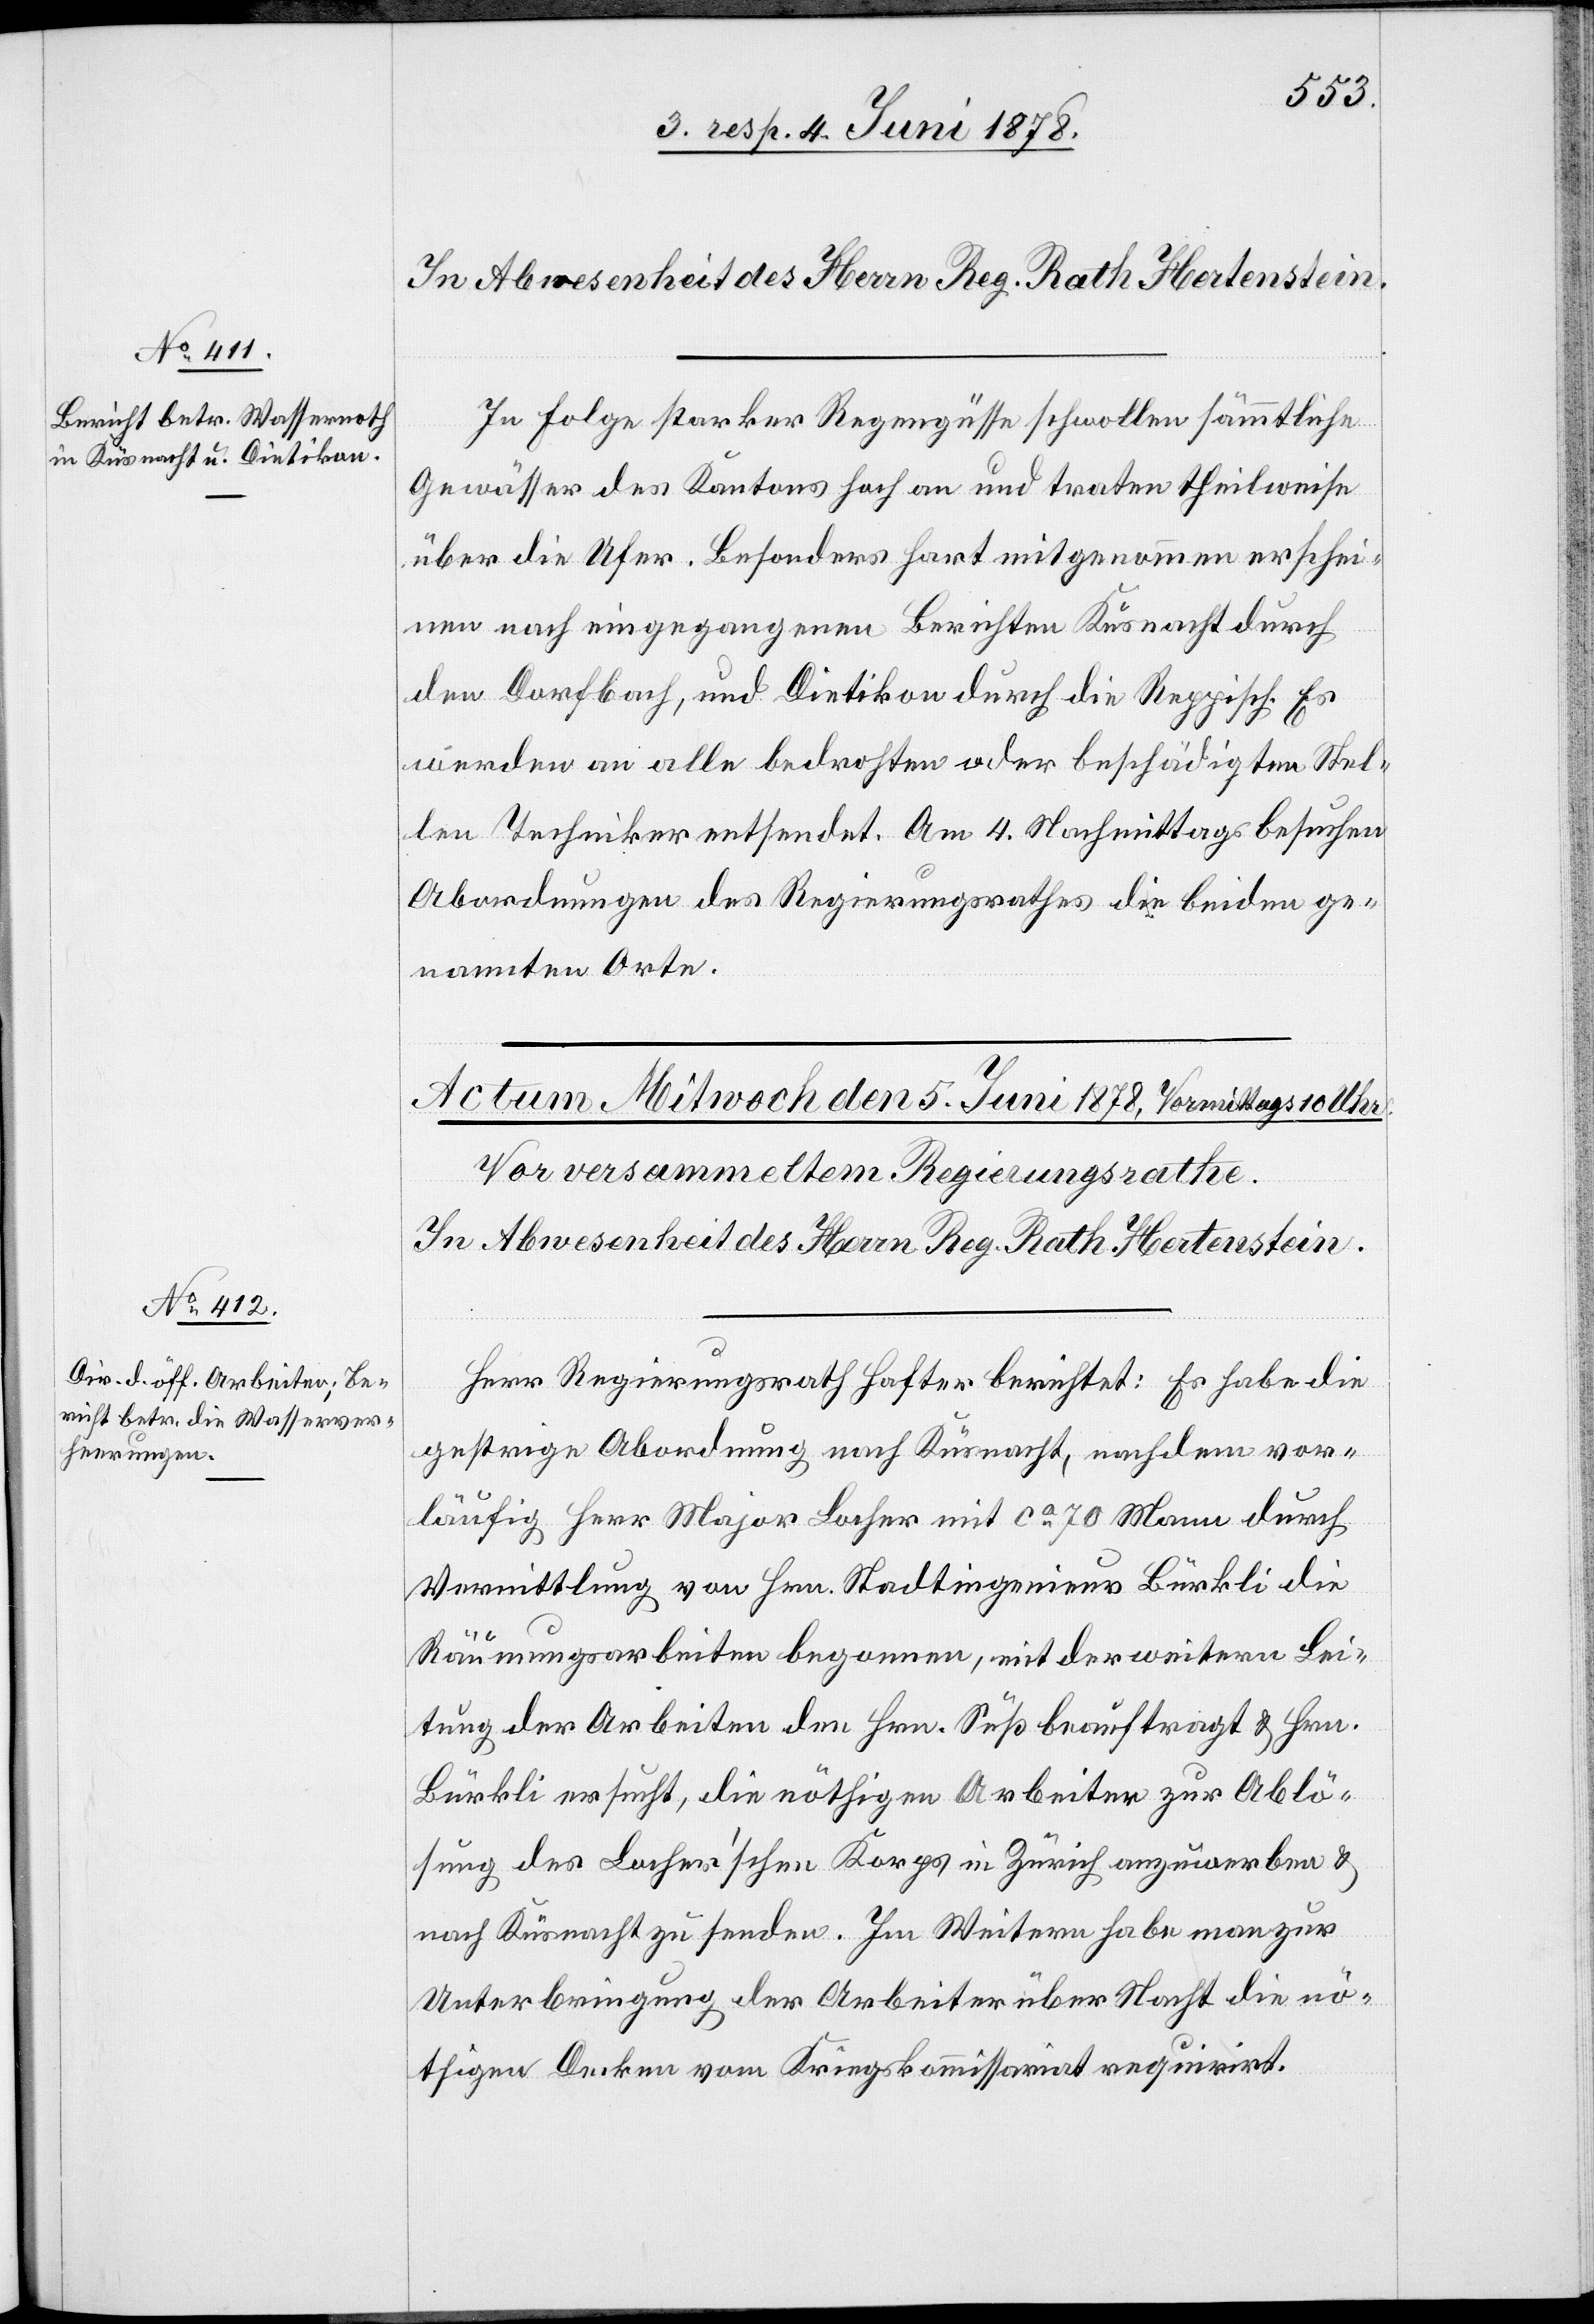
In Folge starker Regengüsse schwollen sämmtliche
Gewässer des Kantons hoch an und traten theilweise
über die Ufer. Besonders hart mitgenommen erschei¬
nen nach eingegangenem Berichte Küsnacht durch
den Dorfbach, und Dietikon durch die Reppisch. Es
werden an alle bedrohten oder beschädigten Stel¬
len Techniker entsendet. Am 4. Nachmittags besuchen
Abordnungen des Regierungsrathes die beiden ge¬
nannten Orte.
Herr Regierungsrath Hafter berichtet: Es habe die
gestrige Abordnung nach Küsnacht, nachdem vor¬
läufig Herr Major Locher mit ca 70 Mann durch
Vermittlung von Hrn. Stadtingenieur Bürkli die
Räumungsarbeiten begonnen, mit der weitern Leis¬
tung der Arbeiten den Hrn. Süß beauftragt & Hrn.
Bürkli ersucht, die nöthigen Arbeiter zur Ablö¬
sung des Locher’schen Korps in Zürich anzuwerben &
nach Küsnacht zu senden. Im Weitern habe man zur
Unterbringung der Arbeiter über Nacht die nö¬
thigen Decken vom Kriegskommissariat requirirt.